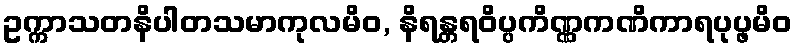
ဥက္ကာသတနိပါတသမာကုလမိဝ, နိရန္တရဝိပ္ပကိဏ္ဏကဏိကာရပုပ္ဖမိဝ